Civil Veterinary Dept. Bombay admin report 1907-1913 - 1907-1913
Year: 1907
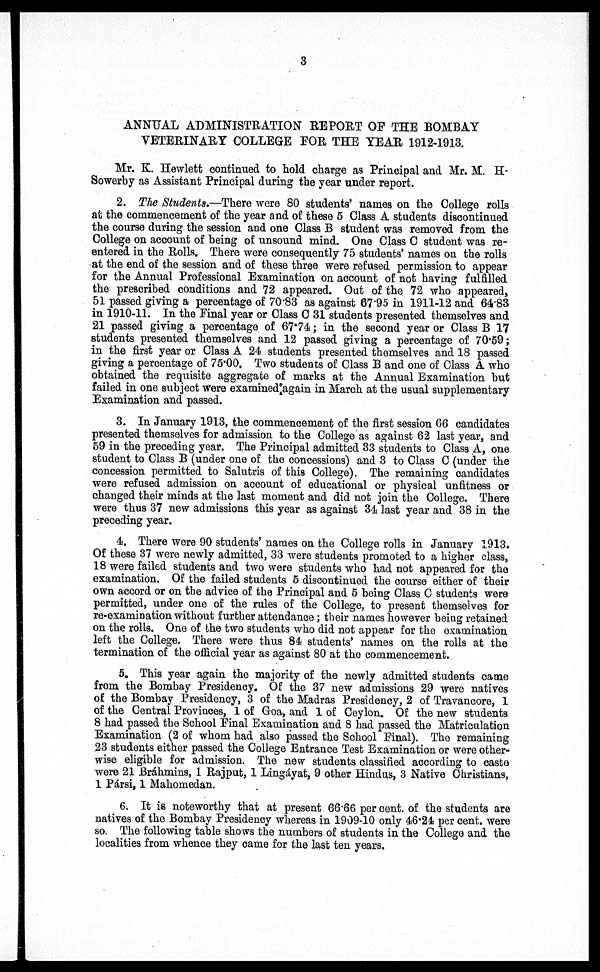
3
ANNUAL ADMINISTRATION REPORT OF THE BOMBAY
VETERINARY COLLEGE FOR THE YEAR 1912-1913.
Mr. K. Hewlett continued to hold charge as Principal and Mr. M. H.
Sowerby as Assistant Principal during the year under report.
2. The Students.—There were 80 students' names on the College rolls
at the commencement of the year and of these 5 Class A students discontinued
the course during the session and one Class B student was removed from the
College on account of being of unsound mind. One Class C student was re-
entered in the Rolls. There were consequently 75 students' names on the rolls
at the end of the session and of these three were refused permission to appear
for the Annual Professional Examination on account of not having fulfilled
the prescribed conditions and 72 appeared. Out of the 72 who appeared,
51 passed giving a percentage of 70.83 as against 67.95 in 1911-12 and 64.83
in 1910-11. In the Final year or Class C 31 students presented themselves and
21 passed giving a percentage of 67.74; in the second year or Class B 17
students presented themselves and 12 passed giving a percentage of 70.59;
in the first year or Class A 24 students presented themselves and 18 passed
giving a percentage of 75.00. Two students of Class B and one of Class A who
obtained the requisite aggregate of marks at the Annual Examination but
failed in one subject were examined again in March at the usual supplementary
Examination and passed.
3. In January 1913, the commencement of the first session 66 candidates
presented themselves for admission to the College as against 62 last year, and
59 in the preceding year. The Principal admitted 33 students to Class A, one
student to Class B (under one of the concessions) and 3 to Class C (under the
concession permitted to Salutris of this College). The remaining candidates
were refused admission on account of educational or physical unfitness or
changed their minds at the last moment and did not join the College. There
were thus 37 new admissions this year as against 34 last year and 38 in the
preceding year.
4. There were 90 students' names on the College rolls in January 1913.
Of these 37 were newly admitted, 33 were students promoted to a higher class,
18 were failed students and two were students who had not appeared for the
examination. Of the failed students 5 discontinued the course either of their
own accord or on the advice of the Principal and 5 being Class C students were
permitted, under one of the rules of the College, to present themselves for
re-examination without further attendance; their names however being retained
on the rolls. One of the two students who did not appear for the examination
left the College. There were thus 84 students' names on the rolls at the
termination of the official year as against 80 at the commencement.
5. This year again the majority of the newly admitted students came
from the Bombay Presidency. Of the 37 new admissions 29 were natives
of the Bombay Presidency, 3 of the Madras Presidency, 2 of Travancore, 1
of the Central Provinces, 1 of Goa, and 1 of Ceylon. Of the new students
8 had passed the School Final Examination and 8 had passed the Matriculation
Examination (2 of whom had also passed the School Final). The remaining
23 students either passed the College Entrance Test Examination or were other-
wise eligible for admission. The new students classified according to caste
were 21 Brahmins, 1 Rajput, 1 Lingáyat, 9 other Hindus, 3 Native Christians,
1 Pársi, 1 Mahomedan.
6. It is noteworthy that at present 66.66 per cent. of the students are
natives of the Bombay Presidency whereas in 1909-10 only 46.24 per cent. were
so. The following table shows the numbers of students in the College and the
localities from whence they came for the last ten years.